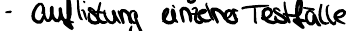
- auflistung einzelner Testfälle